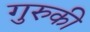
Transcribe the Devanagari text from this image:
गुरुकी